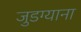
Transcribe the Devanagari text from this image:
जुडग्याना